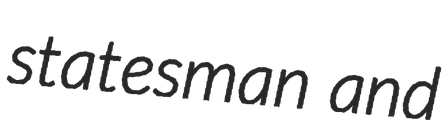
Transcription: statesman and